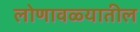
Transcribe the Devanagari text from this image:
लोणावळ्यातील